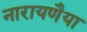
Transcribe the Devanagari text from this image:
नारायणैया